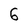
Character: 6